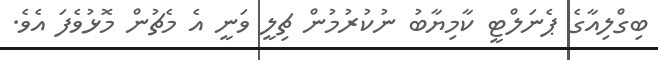
ބިގްލިއާގެ ޕެނަލްޓީ ކާމިޔާބު ނުކުރުމުން ޗިލީ ވަނީ އެ މެޗުން މޮޅުވެފަ އެވެ.